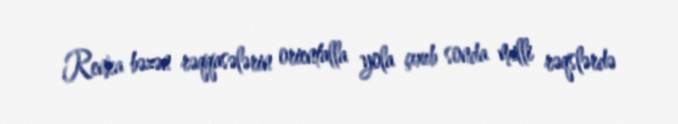
Renka bəzən rəqqasələrin orientalla yola çıxıb sonda milli rəqslərdə